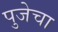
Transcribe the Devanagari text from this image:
पुजेचा